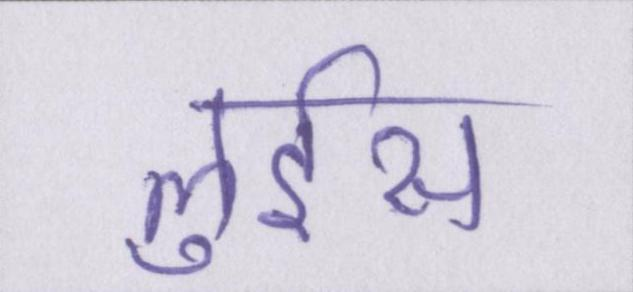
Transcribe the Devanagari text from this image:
लुईस